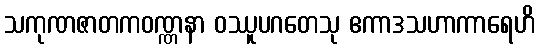
သကုဏဇာတကဝဏ္ဏနာ ဝဿူပဂတေသု ဧကာဒသဟာကာရေဟိ